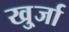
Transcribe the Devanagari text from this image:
खु्र्जा